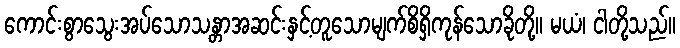
ကောင်းစွာသွေးအပ်သောသန္တာအဆင်းနှင့်တူသောမျက်စိရှိကုန်သောခိုတို့။ မယံ၊ ငါတို့သည်။